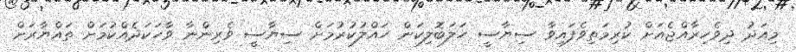
މިއަދު ދިވެހިރާއްޖެއަށް ކުރިމަތިވެފައިވާ ސިޔާސީ ހަލަބޮލިކަން ހައްލުކުރުމަށް ސިޔާސީ ވެރިންނާ ވާހަކަދެއްކުމަށް ތައްޔާރަށް